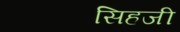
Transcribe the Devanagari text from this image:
सिहजी